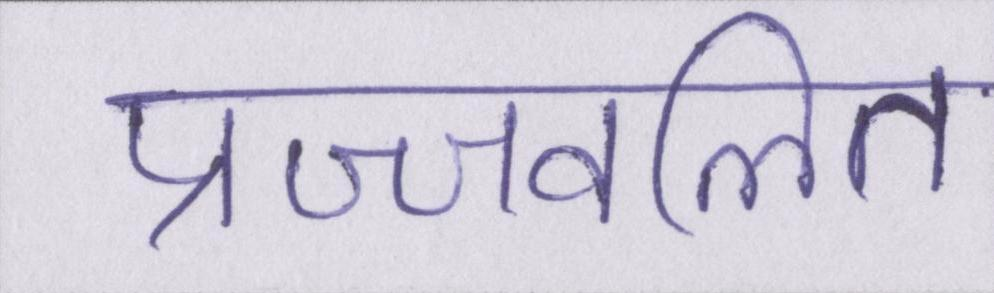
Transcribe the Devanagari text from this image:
प्रज्ज्वलित